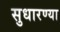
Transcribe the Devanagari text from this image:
सुधारण्या